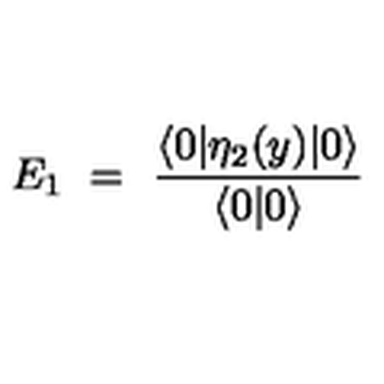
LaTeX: E _ { 1 } \ = \ \frac { \langle 0 \vert \eta _ { 2 } ( y ) \vert 0 \rangle } { \langle 0 \vert 0 \rangle }